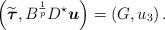
LaTeX: \begin{align*} \left(\widetilde{\boldsymbol\tau},B^{\frac{1}{p}} D^\star{ \boldsymbol u}\right)=\left(G,u_3\right). \end{align*}